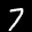
Label: 7